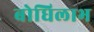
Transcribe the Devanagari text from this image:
बोधिलाभ